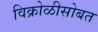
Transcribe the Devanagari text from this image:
विक्रोळीसोबत